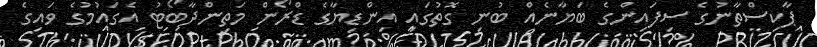
ޕާކިސްތާނުގެ ސިފައިންގެ ބަޔާނެއް ބުނި ގޮތުގައި އިންޑިޔާގެ ޑްރޯން މަތިންދާބޯޓު އެގައުމުގެ ވައިގެ